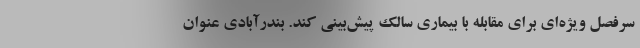
سرفصل ویژه‌ای برای مقابله با بیماری سالک پیش‌بینی کند. بندرآبادی عنوان